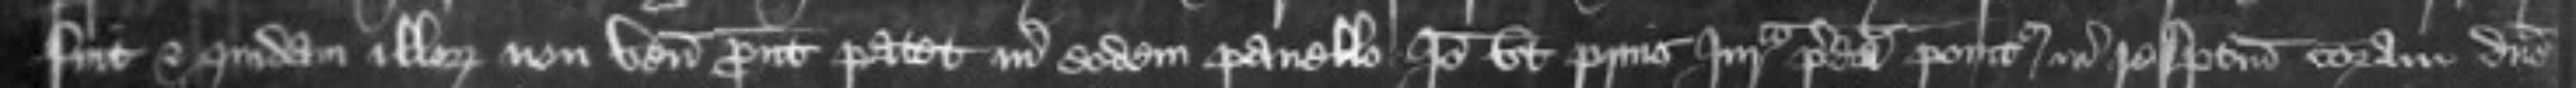
fuit et quidam illorum non venerunt prout patet in eodem panello Ideo ut prius Jurata predicta ponitur in respectum coram domino